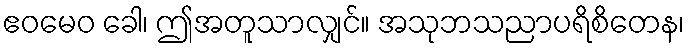
ဧဝမေဝ ခေါ၊ ဤအတူသာလျှင်။ အသုဘသညာပရိစိတေန၊